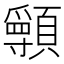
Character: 𩕖